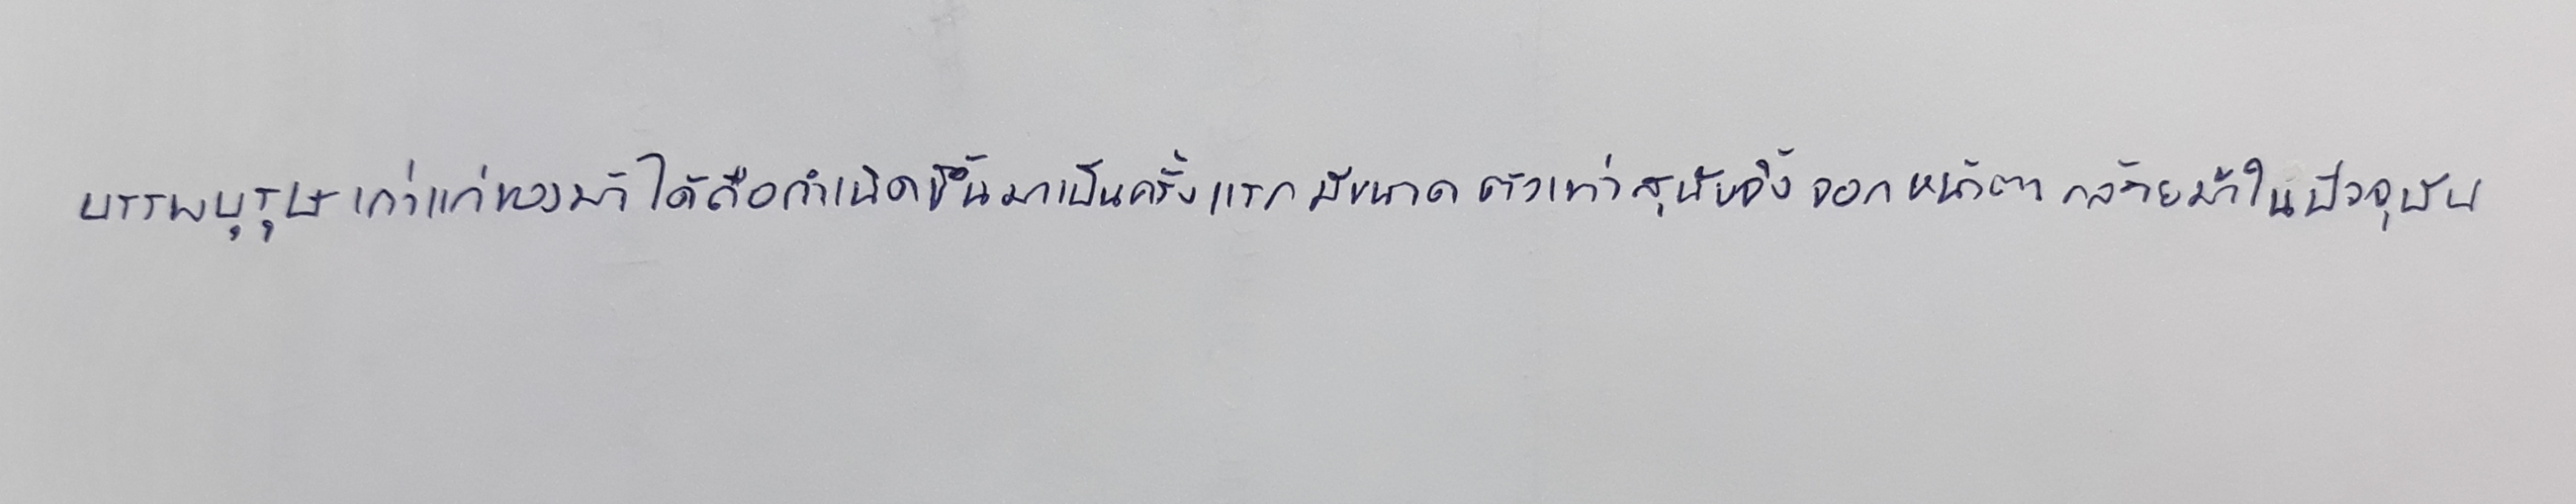
บรรพบุรุษเก่าแก่ของม้าได้ถือกำเนิดขึ้นมาเป็นครั้งแรกมีขนาดตัวเท่าสุนัขจิ้งจอกหน้าตาคล้ายม้าในปัจจุบัน